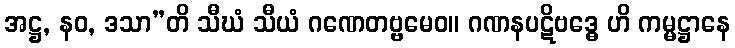
အဋ္ဌ, နဝ, ဒသာ”တိ သီဃံ သီယံ ဂဏေတဗ္ဗမေဝ။ ဂဏနပဋိဗဒ္ဓေ ဟိ ကမ္မဋ္ဌာနေ